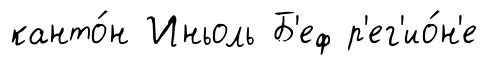
канто́н Иньоль Б'еф р'ег'ио́н'е